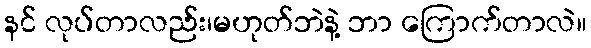
နင် လုပ်တာလည်း၊မဟုတ်ဘဲနဲ့ ဘာ ကြောက်တာလဲ။